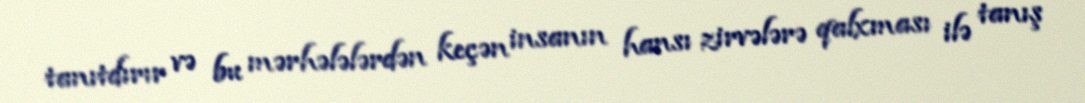
tanıtdırır və bu mərhələlərdən keçən insanın hansı zirvələrə qalxması ilə tanış